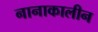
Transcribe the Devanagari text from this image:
नानाकालीन